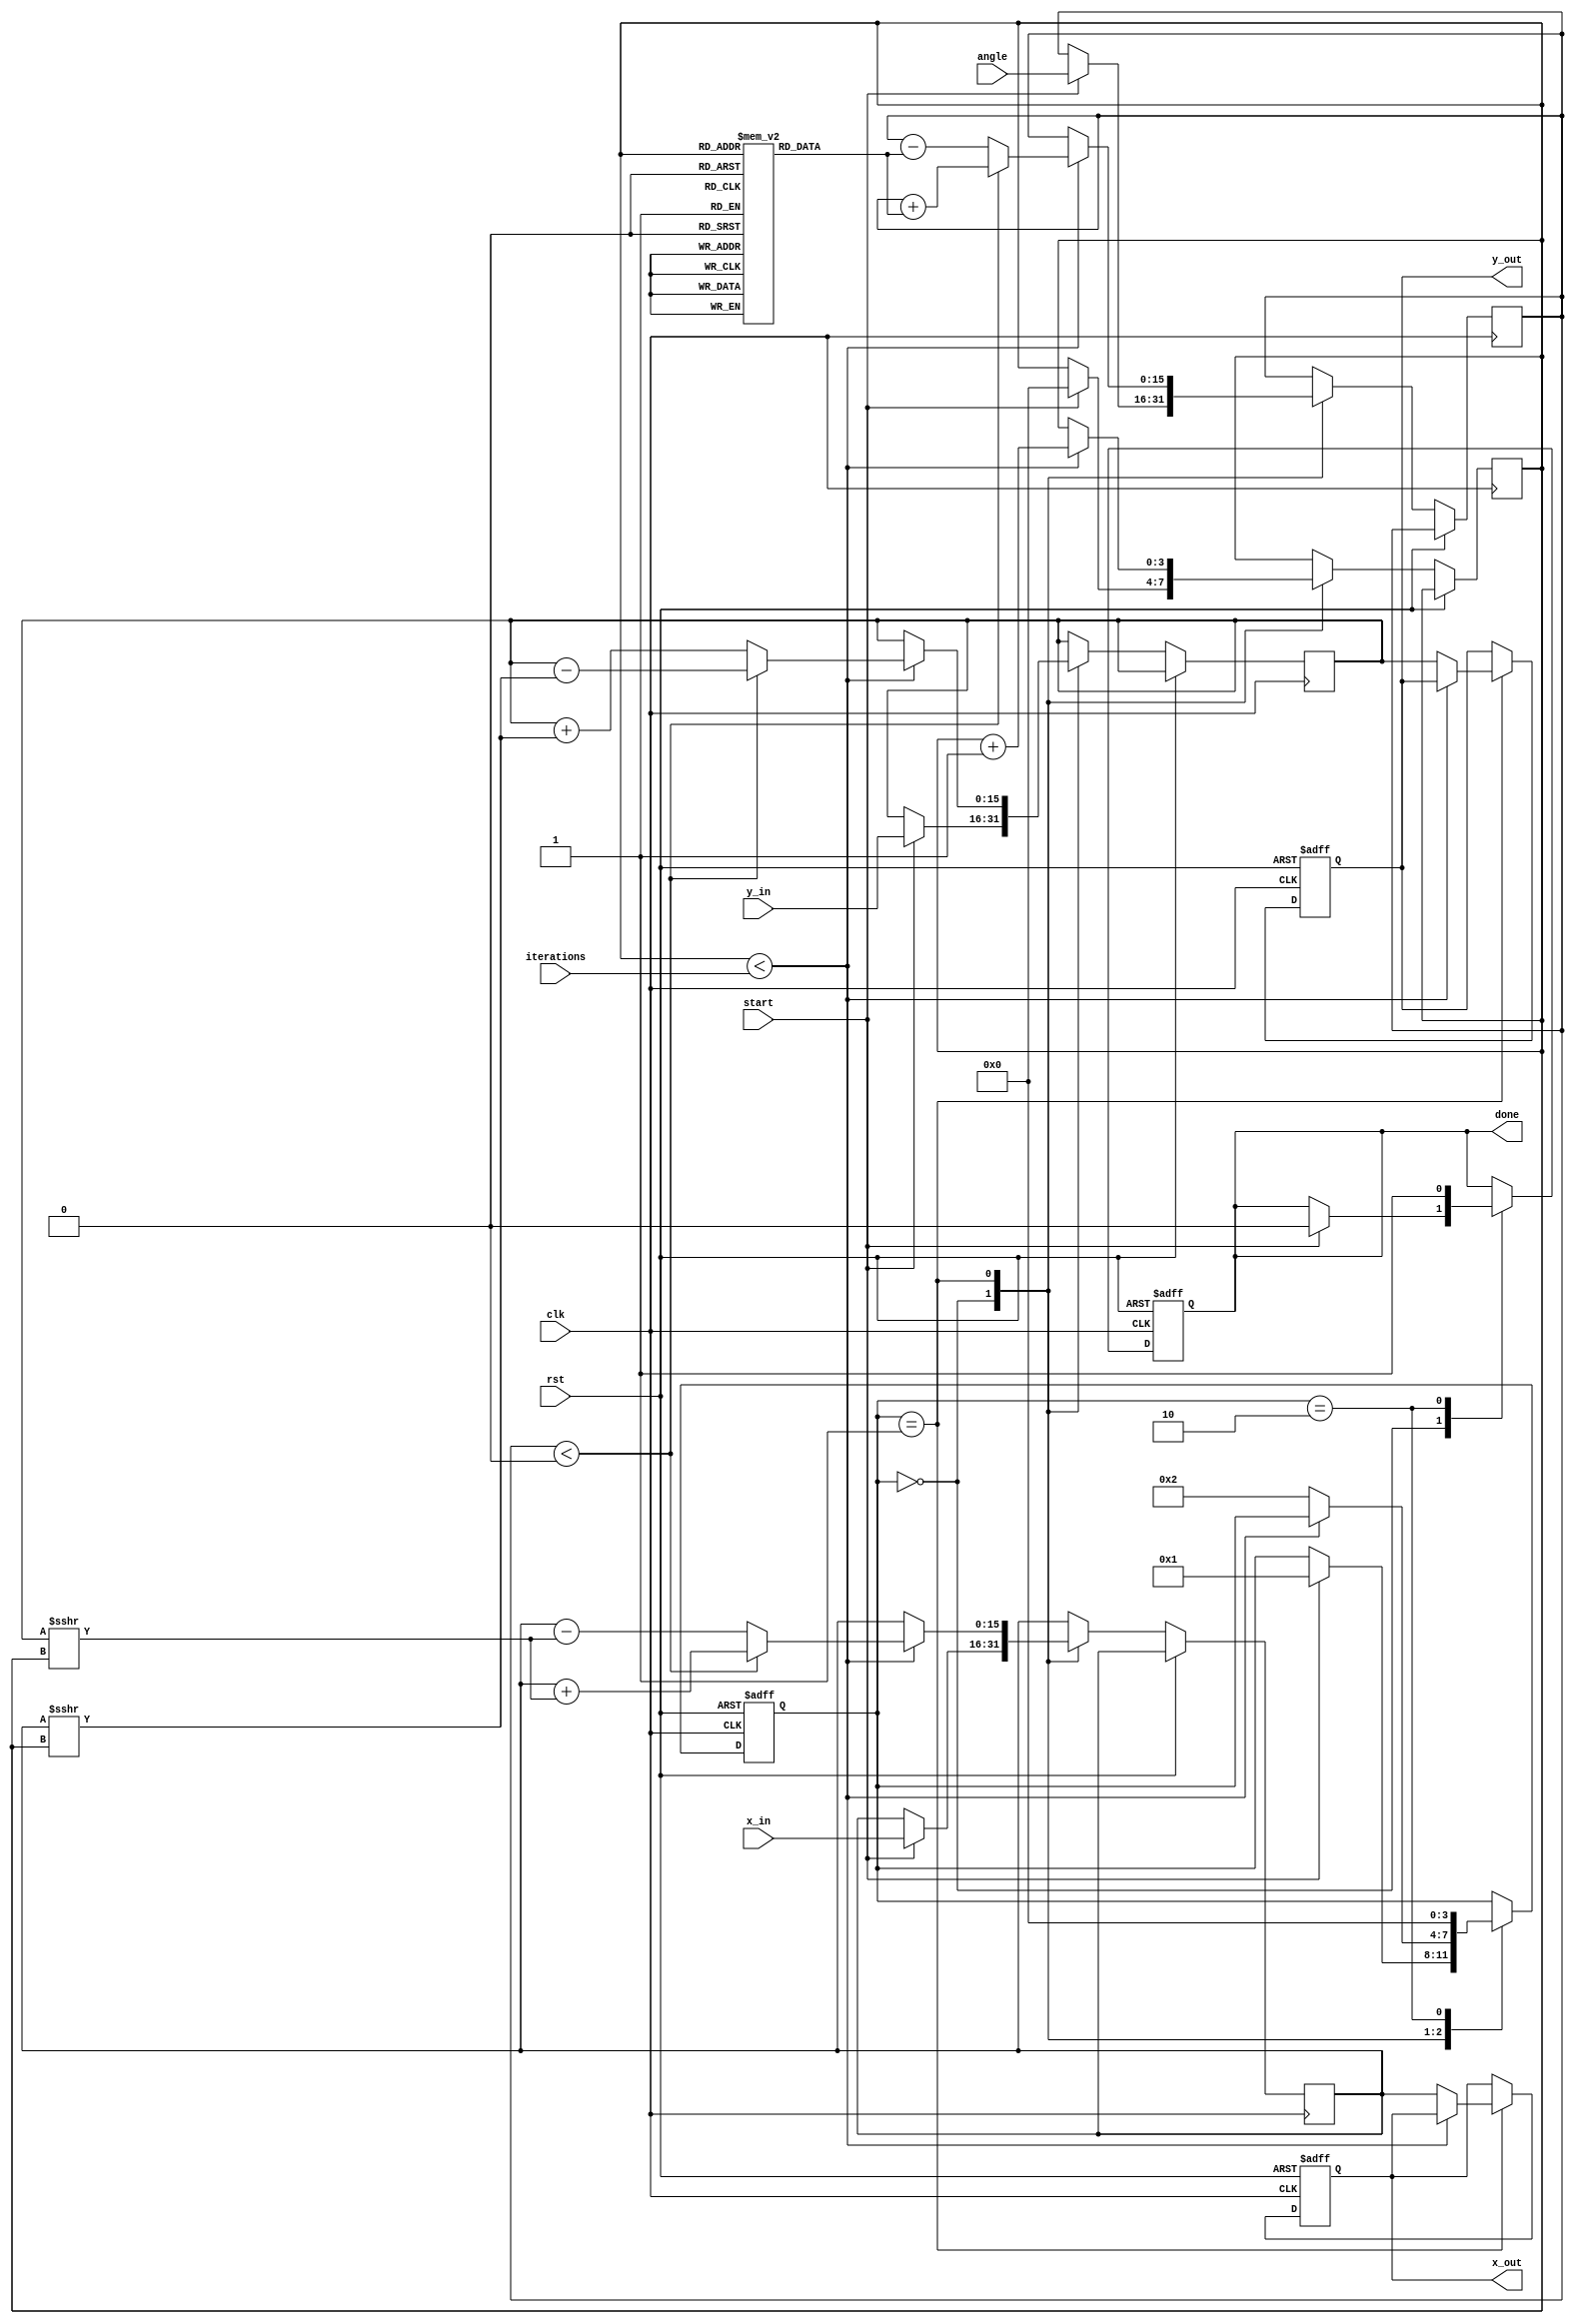
module CORDIC_2D (
    input wire clk,
    input wire rst,
    input wire start,
    input wire [15:0] x_in,
    input wire [15:0] y_in,
    input wire [15:0] angle,
    input wire [3:0] iterations,
    output reg [15:0] x_out,
    output reg [15:0] y_out,
    output reg done
);

    // CORDIC parameters
    reg [15:0] x, y;
    reg [15:0] z;
    reg [3:0] iter;
    reg [15:0] atan_table [0:15]; // Precomputed atan values
    reg [3:0] state;

    // State definitions
    localparam IDLE = 0;
    localparam RUN = 1;
    localparam DONE = 2;

    // Initialize atan_table with precomputed values
    initial begin
        atan_table[0] = 16'h0000; // atan(0)
        atan_table[1] = 16'h26B2; // atan(1/2^1)
        atan_table[2] = 16'h1C71; // atan(1/2^2)
        atan_table[3] = 16'h159A; // atan(1/2^3)
        atan_table[4] = 16'h0C90; // atan(1/2^4)
        atan_table[5] = 16'h06A0; // atan(1/2^5)
        atan_table[6] = 16'h0354; // atan(1/2^6)
        atan_table[7] = 16'h01AA; // atan(1/2^7)
        atan_table[8] = 16'h00D5; // atan(1/2^8)
        atan_table[9] = 16'h006A; // atan(1/2^9)
        atan_table[10] = 16'h0034; // atan(1/2^10)
        atan_table[11] = 16'h001A; // atan(1/2^11)
        atan_table[12] = 16'h000D; // atan(1/2^12)
        atan_table[13] = 16'h0006; // atan(1/2^13)
        atan_table[14] = 16'h0003; // atan(1/2^14)
        atan_table[15] = 16'h0001; // atan(1/2^15)
    end

    // State machine to control the operation
    always @(posedge clk or posedge rst) begin
        if (rst) begin
            state <= IDLE;
            done <= 0;
            x_out <= 0;
            y_out <= 0;
        end else begin
            case (state)
                IDLE: begin
                    if (start) begin
                        x <= x_in;
                        y <= y_in;
                        z <= angle;
                        iter <= 0;
                        state <= RUN;
                        done <= 0;
                    end
                end
                RUN: begin
                    if (iter < iterations) begin
                        // Perform CORDIC rotation
                        if (z < 0) begin
                            // Counter-clockwise rotation
                            x <= x + (y >>> iter);
                            y <= y - (x >>> iter);
                            z <= z + atan_table[iter];
                        end else begin
                            // Clockwise rotation
                            x <= x - (y >>> iter);
                            y <= y + (x >>> iter);
                            z <= z - atan_table[iter];
                        end
                        iter <= iter + 1;
                    end else begin
                        x_out <= x;
                        y_out <= y;
                        state <= DONE;
                    end
                end
                DONE: begin
                    done <= 1;
                    state <= IDLE; // Reset to IDLE for next operation
                end
            endcase
        end
    end
endmodule